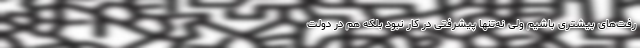
رفت‌های بیشتری باشیم ولی نه‌تنها پیشرفتی در کار نبود بلکه هم در دولت